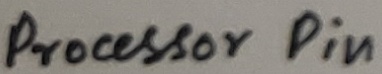
Text: Processor Pin